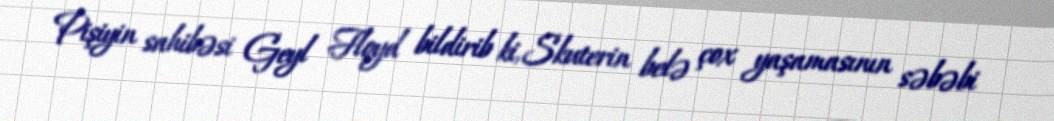
Pişiyin sahibəsi Geyl Floyd bildirib ki, Skuterin belə çox yaşamasının səbəbi